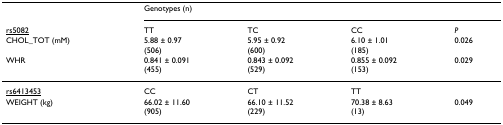
<table><thead><tr><td></td><td colspan="4"><b>Genotypes (n)</b></td></tr><tr><td><b><underline>rs5082</underline></b></td><td><b>TT</b></td><td><b>TC</b></td><td><b>CC</b></td><td><b><i>P</i></b></td></tr><tr><td><b>CHOL_TOT (mM)</b></td><td><b>5.88 ± 0.97(506)</b></td><td><b>5.95 ± 0.92(600)</b></td><td><b>6.10 ± 1.01(185)</b></td><td><b>0.026</b></td></tr><tr><td><b>WHR</b></td><td><b>0.841 ± 0.091(455)</b></td><td><b>0.843 ± 0.092(529)</b></td><td><b>0.855 ± 0.092(153)</b></td><td><b>0.029</b></td></tr></thead><tbody><tr><td><underline>rs6413453</underline></td><td>CC</td><td>CT</td><td>TT</td><td></td></tr><tr><td>WEIGHT (kg)</td><td>66.02 ± 11.60(905)</td><td>66.10 ± 11.52(229)</td><td>70.38 ± 8.63(13)</td><td>0.049</td></tr></tbody></table>